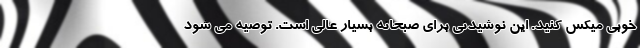
خوبی میکس کنید. این نوشیدنی برای صبحانه بسیار عالی است. توصیه می شود